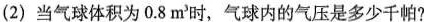
(2) 当气球体积为0.8m^{ 3}时，气球内的气压是多少千帕?